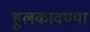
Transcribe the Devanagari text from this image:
हुलकावण्या